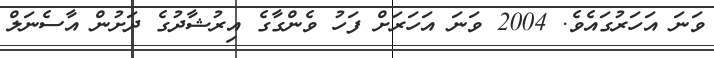
ވަނަ އަހަރުގައެވެ. 2004 ވަނަ އަހަރަށް ފަހު ވެންގާގެ އިރުޝާދުގެ ދަށުން އާސެނަލް